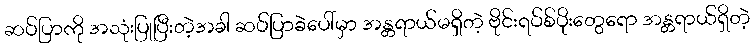
ဆပ်ပြာကို အသုံးပြုပြီးတဲ့အခါ ဆပ်ပြာခဲပေါ်မှာ အန္တရာယ်မရှိတဲ့ ဗိုင်းရပ်စ်ပိုးတွေရော အန္တရာယ်ရှိတဲ့